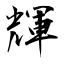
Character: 輝